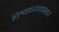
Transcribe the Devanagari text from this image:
विश्वकरंडकावर